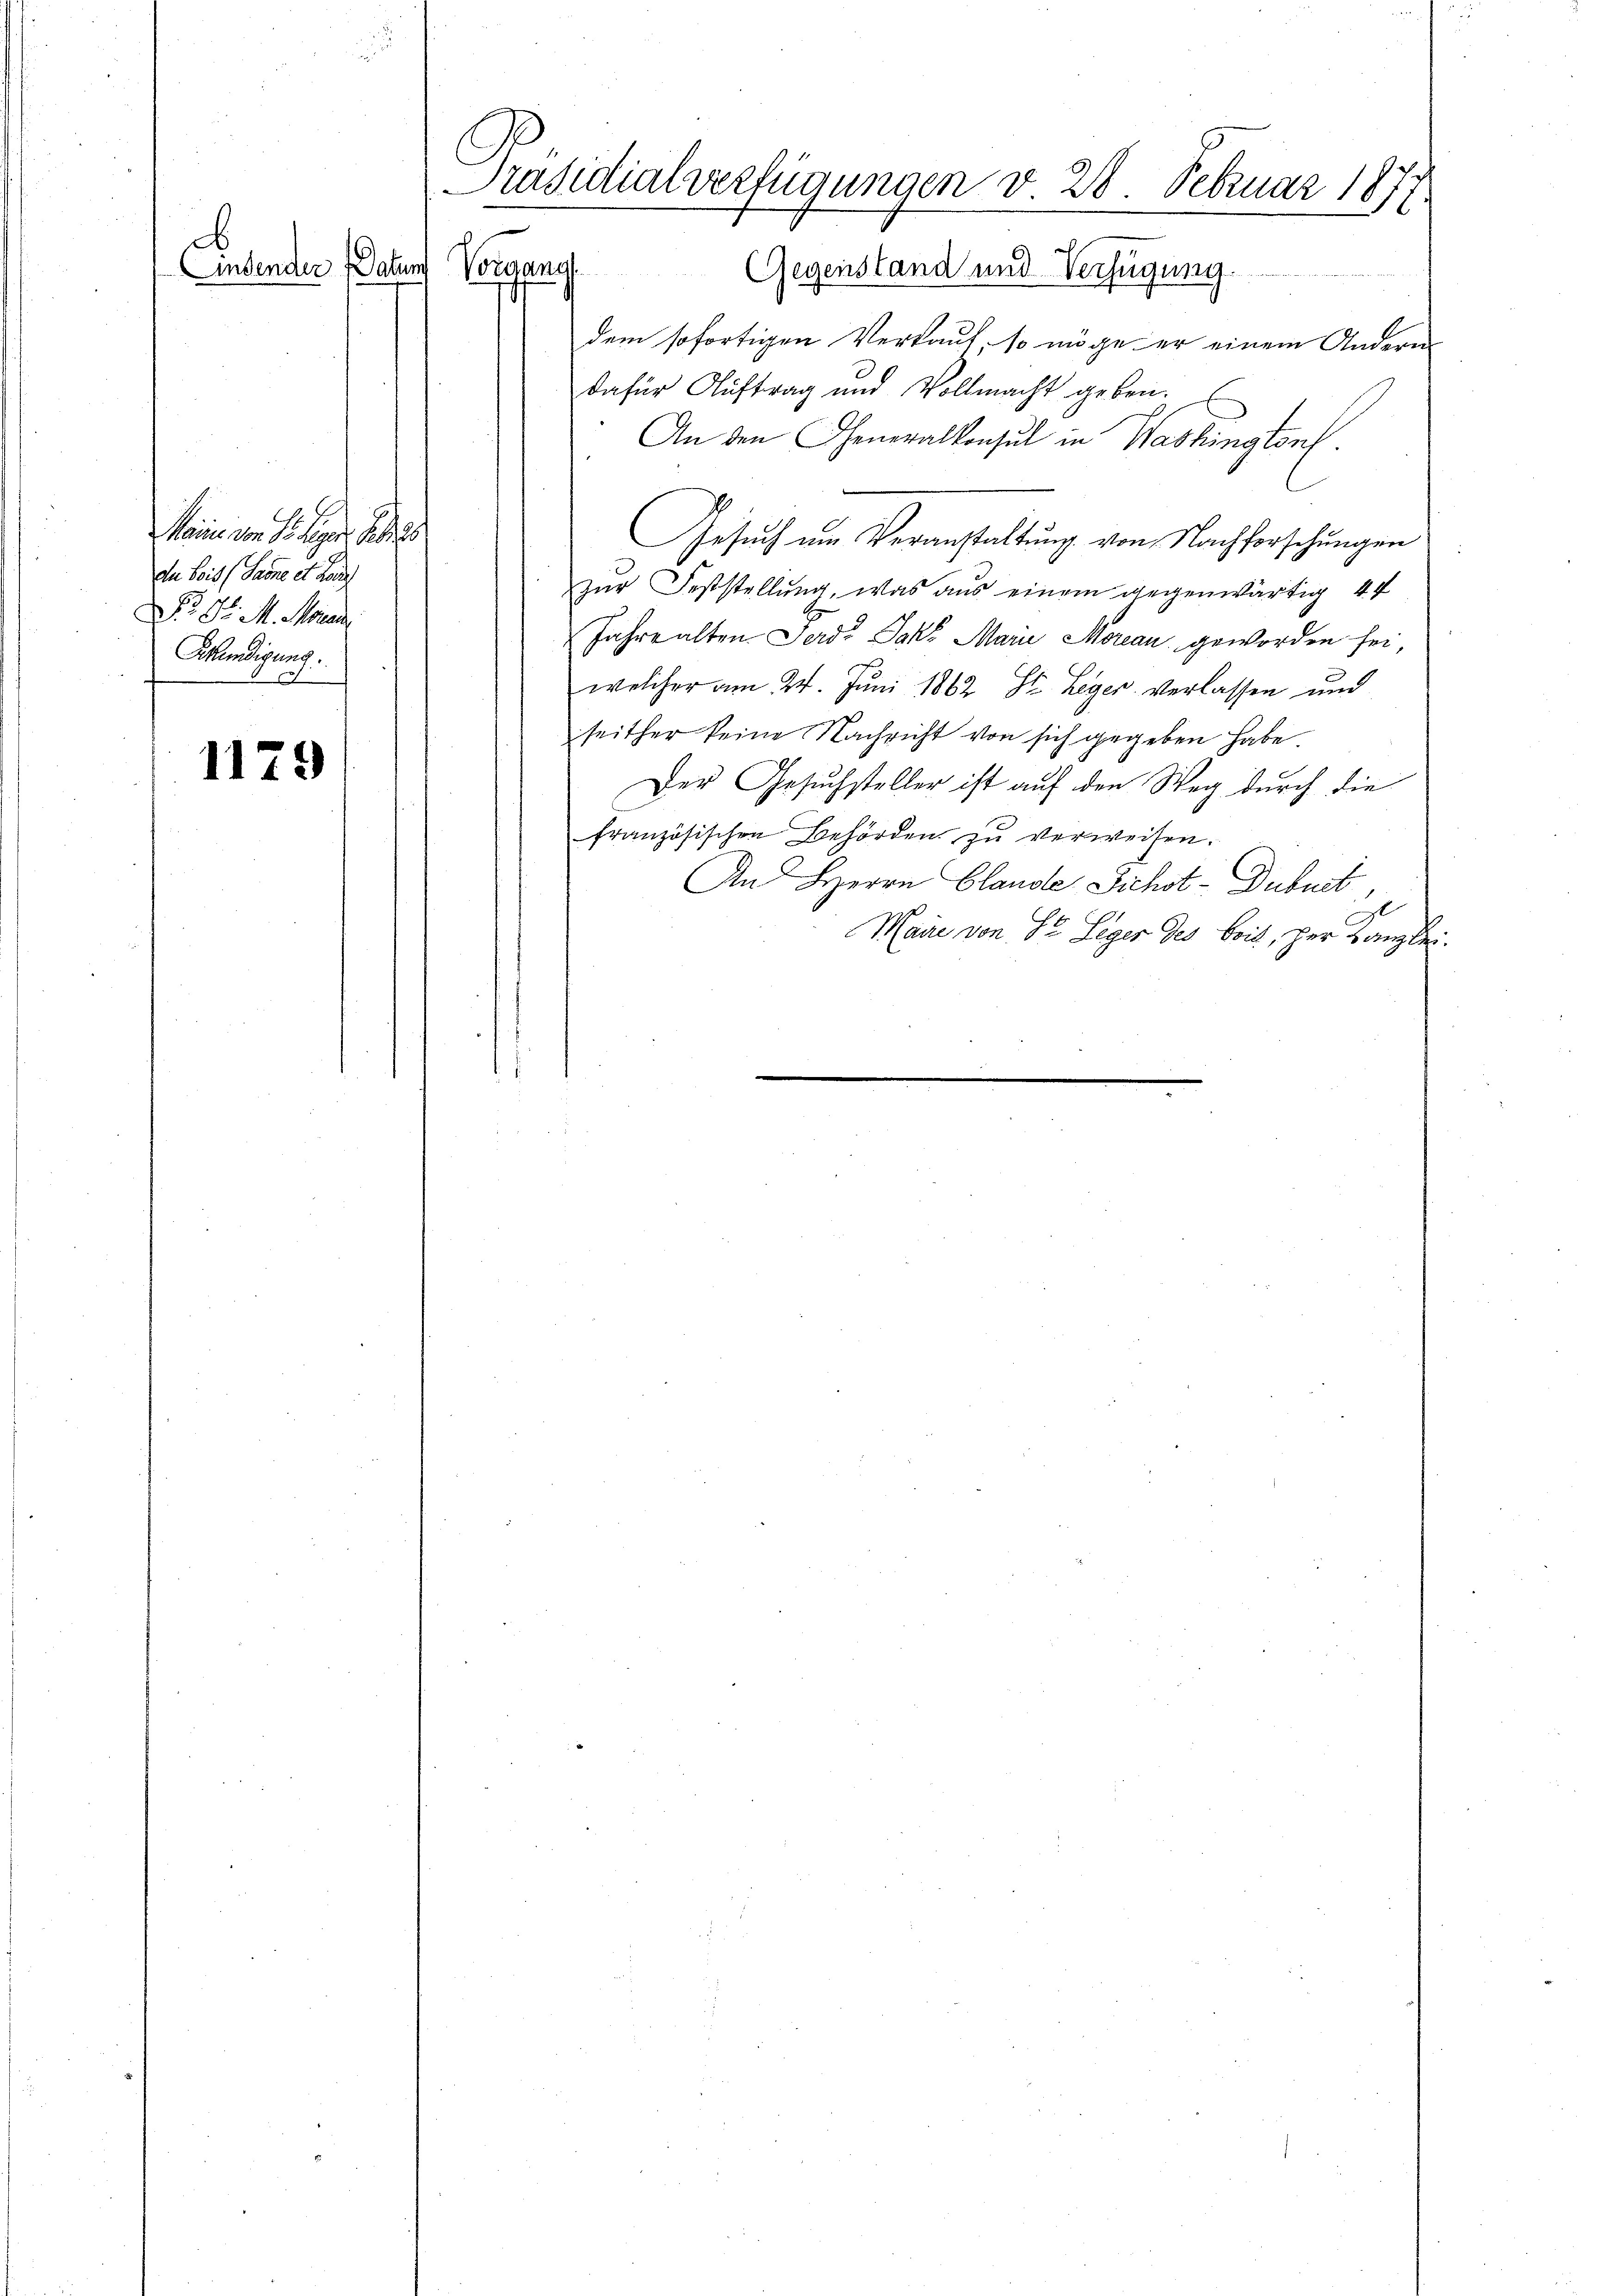
d
d
Andender (Datum Vorgang

1179

Manne von S. dieser Sei es
dn Seit (Samne et Lau
No Sr. M. Meran
Sekundigung.
.

Präsidialverfügungen v. 28. Februar 1877.

Gegenstand und Verfügung.
dem sofortigen Verkauf so möge er einem Andern
dafür Aŭftrag und Vollmacht geben. E
An den Generalkonsul in Washingtonf.
Gesŭch um Veranstaltung von Nachforschungen
zur Feststellung, was aus einem gegenwärtig 44
Jahre alten Ferd: Jak. Marie Moreau geworden sei,
welcher am 24. Juni 1862 St. Leger verlassen und
seither keine Nachricht von sich gegeben habe
Der Gesuchsteller ist auf den Weg durch die
französischen Behörden zŭ verweisen.
An Herrn Glande Sichst-Dubuet,
d
Maire von St. Leger des beit, her Kanzlei.